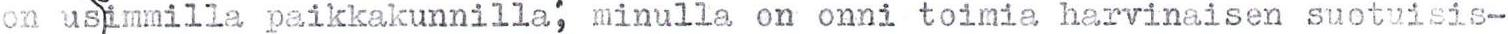
on usiimmilla paikkakunnilla; minulla on onni toimia harvinaisen suotuisis-